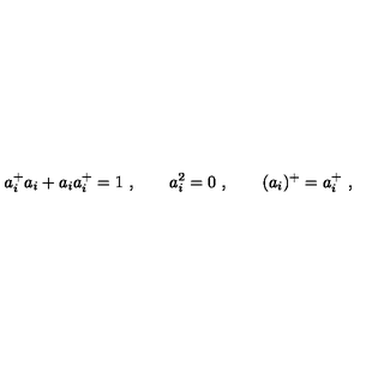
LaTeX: a _ { i } ^ { + } a _ { i } + a _ { i } a _ { i } ^ { + } = 1 \ , \qquad a _ { i } ^ { 2 } = 0 \ , \qquad ( a _ { i } ) ^ { + } = a _ { i } ^ { + } \ ,